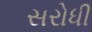
સરોધી